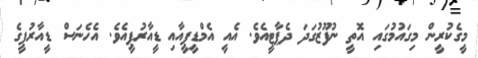
މީގެކުރީން މިގައުމުގައި އޮތީ ނުފޫޒުގަދަ ދެޕާޓީއެވެ. އެއީ އެމްޑީޕީއާއި ޑީއާރުޕީއެވެ. އެހެނަސް ޑީއާރުޕީގެ